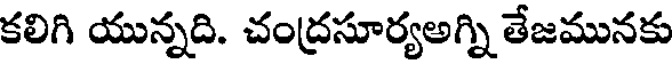
కలిగి యున్నది. చంద్రసూర్యఅగ్ని తేజమునకు